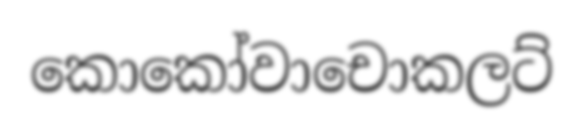
කොකෝවාචොකලට්